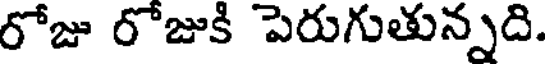
రోజు రోజుకి పెరుగుతున్నది.